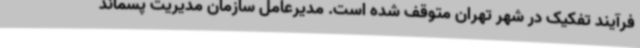
فرآیند تفکیک در شهر تهران متوقف شده است. مدیرعامل سازمان مدیریت پسماند